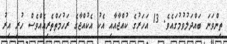
ތިންވަނަ ބައްދަލުވުމުގައެވެ. 13 އަހަރުގެ ކުއްޖާއާއި އެކު އެކުއްޖާގެ ރަހުމަތްތެރިއެއްވެސް ހުރި އިރު